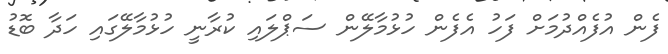
ފެން އުފެއްދުމަށް ފަހު އެެފެން ހުޅުމާލޭން ސަޕްލައި ކުރާނީ ހުޅުމާލޭގައި ހަދާ ބޮޑު